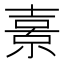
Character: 𭐗